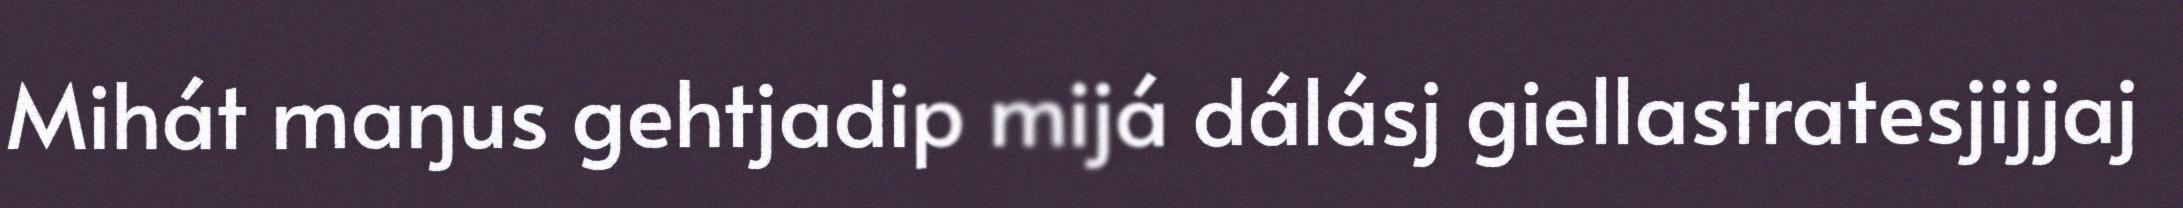
Mihát maŋus gehtjadip mijá dálásj giellastratesjijjaj